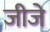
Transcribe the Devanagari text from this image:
जीजे